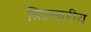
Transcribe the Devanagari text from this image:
त्रिप्रसारीय